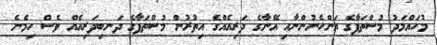
މުހައްމަދު މުސްތަފާގެ އަންހެނުންނާއި އޭނާގެ ދަރިއެއްގެ އިތުރުން މުސްތަފާގެ ދަނބިދަރިއެއް ވެސް ހިމެނެ